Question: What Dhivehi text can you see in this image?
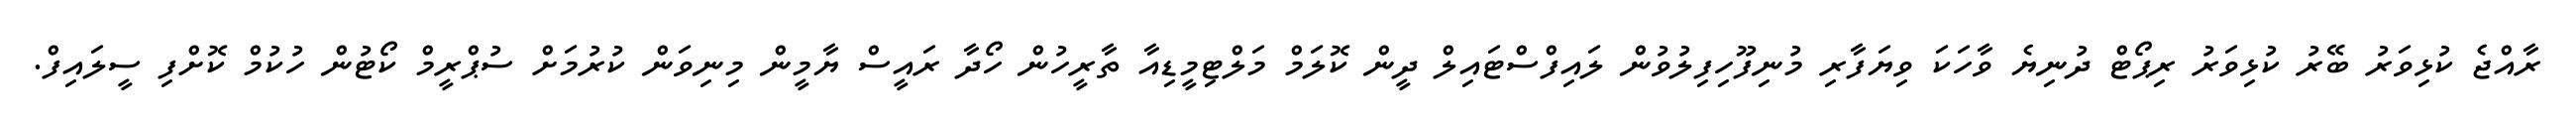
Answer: ރާއްޖެ ކުޅިވަރު ބޭރު ކުޅިވަރު ރިޕޯޓް ދުނިޔެ ވާހަކަ ވިޔަފާރި މުނިފޫހިފިލުވުން ލައިފްސްޓައިލް ދީން ކޮލަމް މަލްޓިމީޑިއާ ތާރީހުން ހޯދާ ރައީސް ޔާމީން މިނިވަން ކުރުމަށް ސުޕްރީމް ކޯޓުން ހުކުމް ކޮށްފި ސީލައިފް.